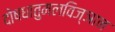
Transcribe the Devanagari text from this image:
दोषधातुमलविज्ञान